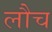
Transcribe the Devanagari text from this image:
लौच